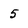
Character: 5